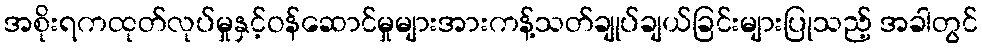
အစိုးရကထုတ်လုပ်မှုနှင့်ဝန်ဆောင်မှုများအားကန့်သတ်ချုပ်ချယ်ခြင်းများပြုသည့် အခါတွင်